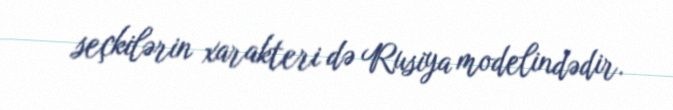
seçkilərin xarakteri də Rusiya modelindədir.